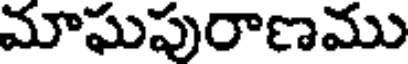
మాఘపురాణము